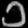
Digit: ၁